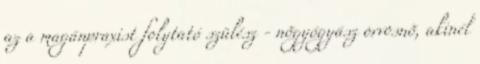
az a magánpraxist folytató szülész - nõgyógyász orvosnõ, akinél